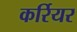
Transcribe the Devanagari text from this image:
कर्रियर